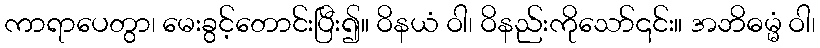
ကာရာပေတွာ၊ မေးခွင့်တောင်းပြီး၍။ ဝိနယံ ဝါ၊ ဝိနည်းကိုသော်၎င်း။ အဘိဓမ္မံ ဝါ၊